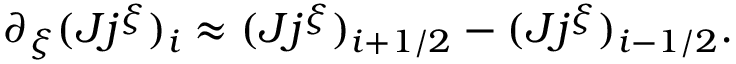
\begin{array} { r } { \partial _ { \xi } ( J j ^ { \xi } ) _ { i } \approx ( J j ^ { \xi } ) _ { i + 1 / 2 } - ( J j ^ { \xi } ) _ { i - 1 / 2 } . } \end{array}